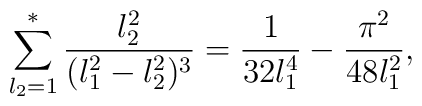
\sum^*_{l_2=1} {l_2^2\over (l_1^2-l_2^2)^3}= {1\over 32 l_1^4} - {\pi^2\over 48 l_1^2},